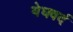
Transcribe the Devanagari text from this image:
येघवर्द